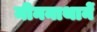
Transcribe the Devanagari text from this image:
मीननाथानें